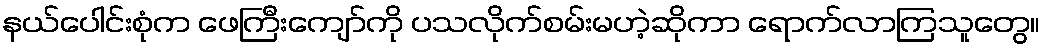
နယ်ပေါင်းစုံက ဖေကြီးကျော်ကို ပသလိုက်စမ်းမဟဲ့ဆိုကာ ရောက်လာကြသူတွေ။